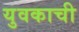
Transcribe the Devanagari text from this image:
युवकाची